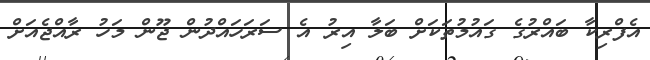
އެފްރިކާ ބައްރުގެ ގައުމުތަކަށް ބަލާ އިރު އެ ސަރަހައްދުން ޖޫން މަހު ރާއްޖެއަށް